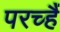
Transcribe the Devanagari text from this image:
परच्हैं